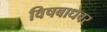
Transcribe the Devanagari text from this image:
विषबाधेवर